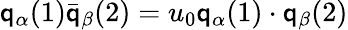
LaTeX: \mathsf{q}_{\alpha}(1)\bar{{\mathsf{q}}}_{\beta}(2)=u_{0}{\mathbf{\mathsf{q}}}_{\alpha}(1)\cdot{\mathbf{\mathsf{q}}}_{\beta}(2)